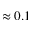
\approx 0 . 1